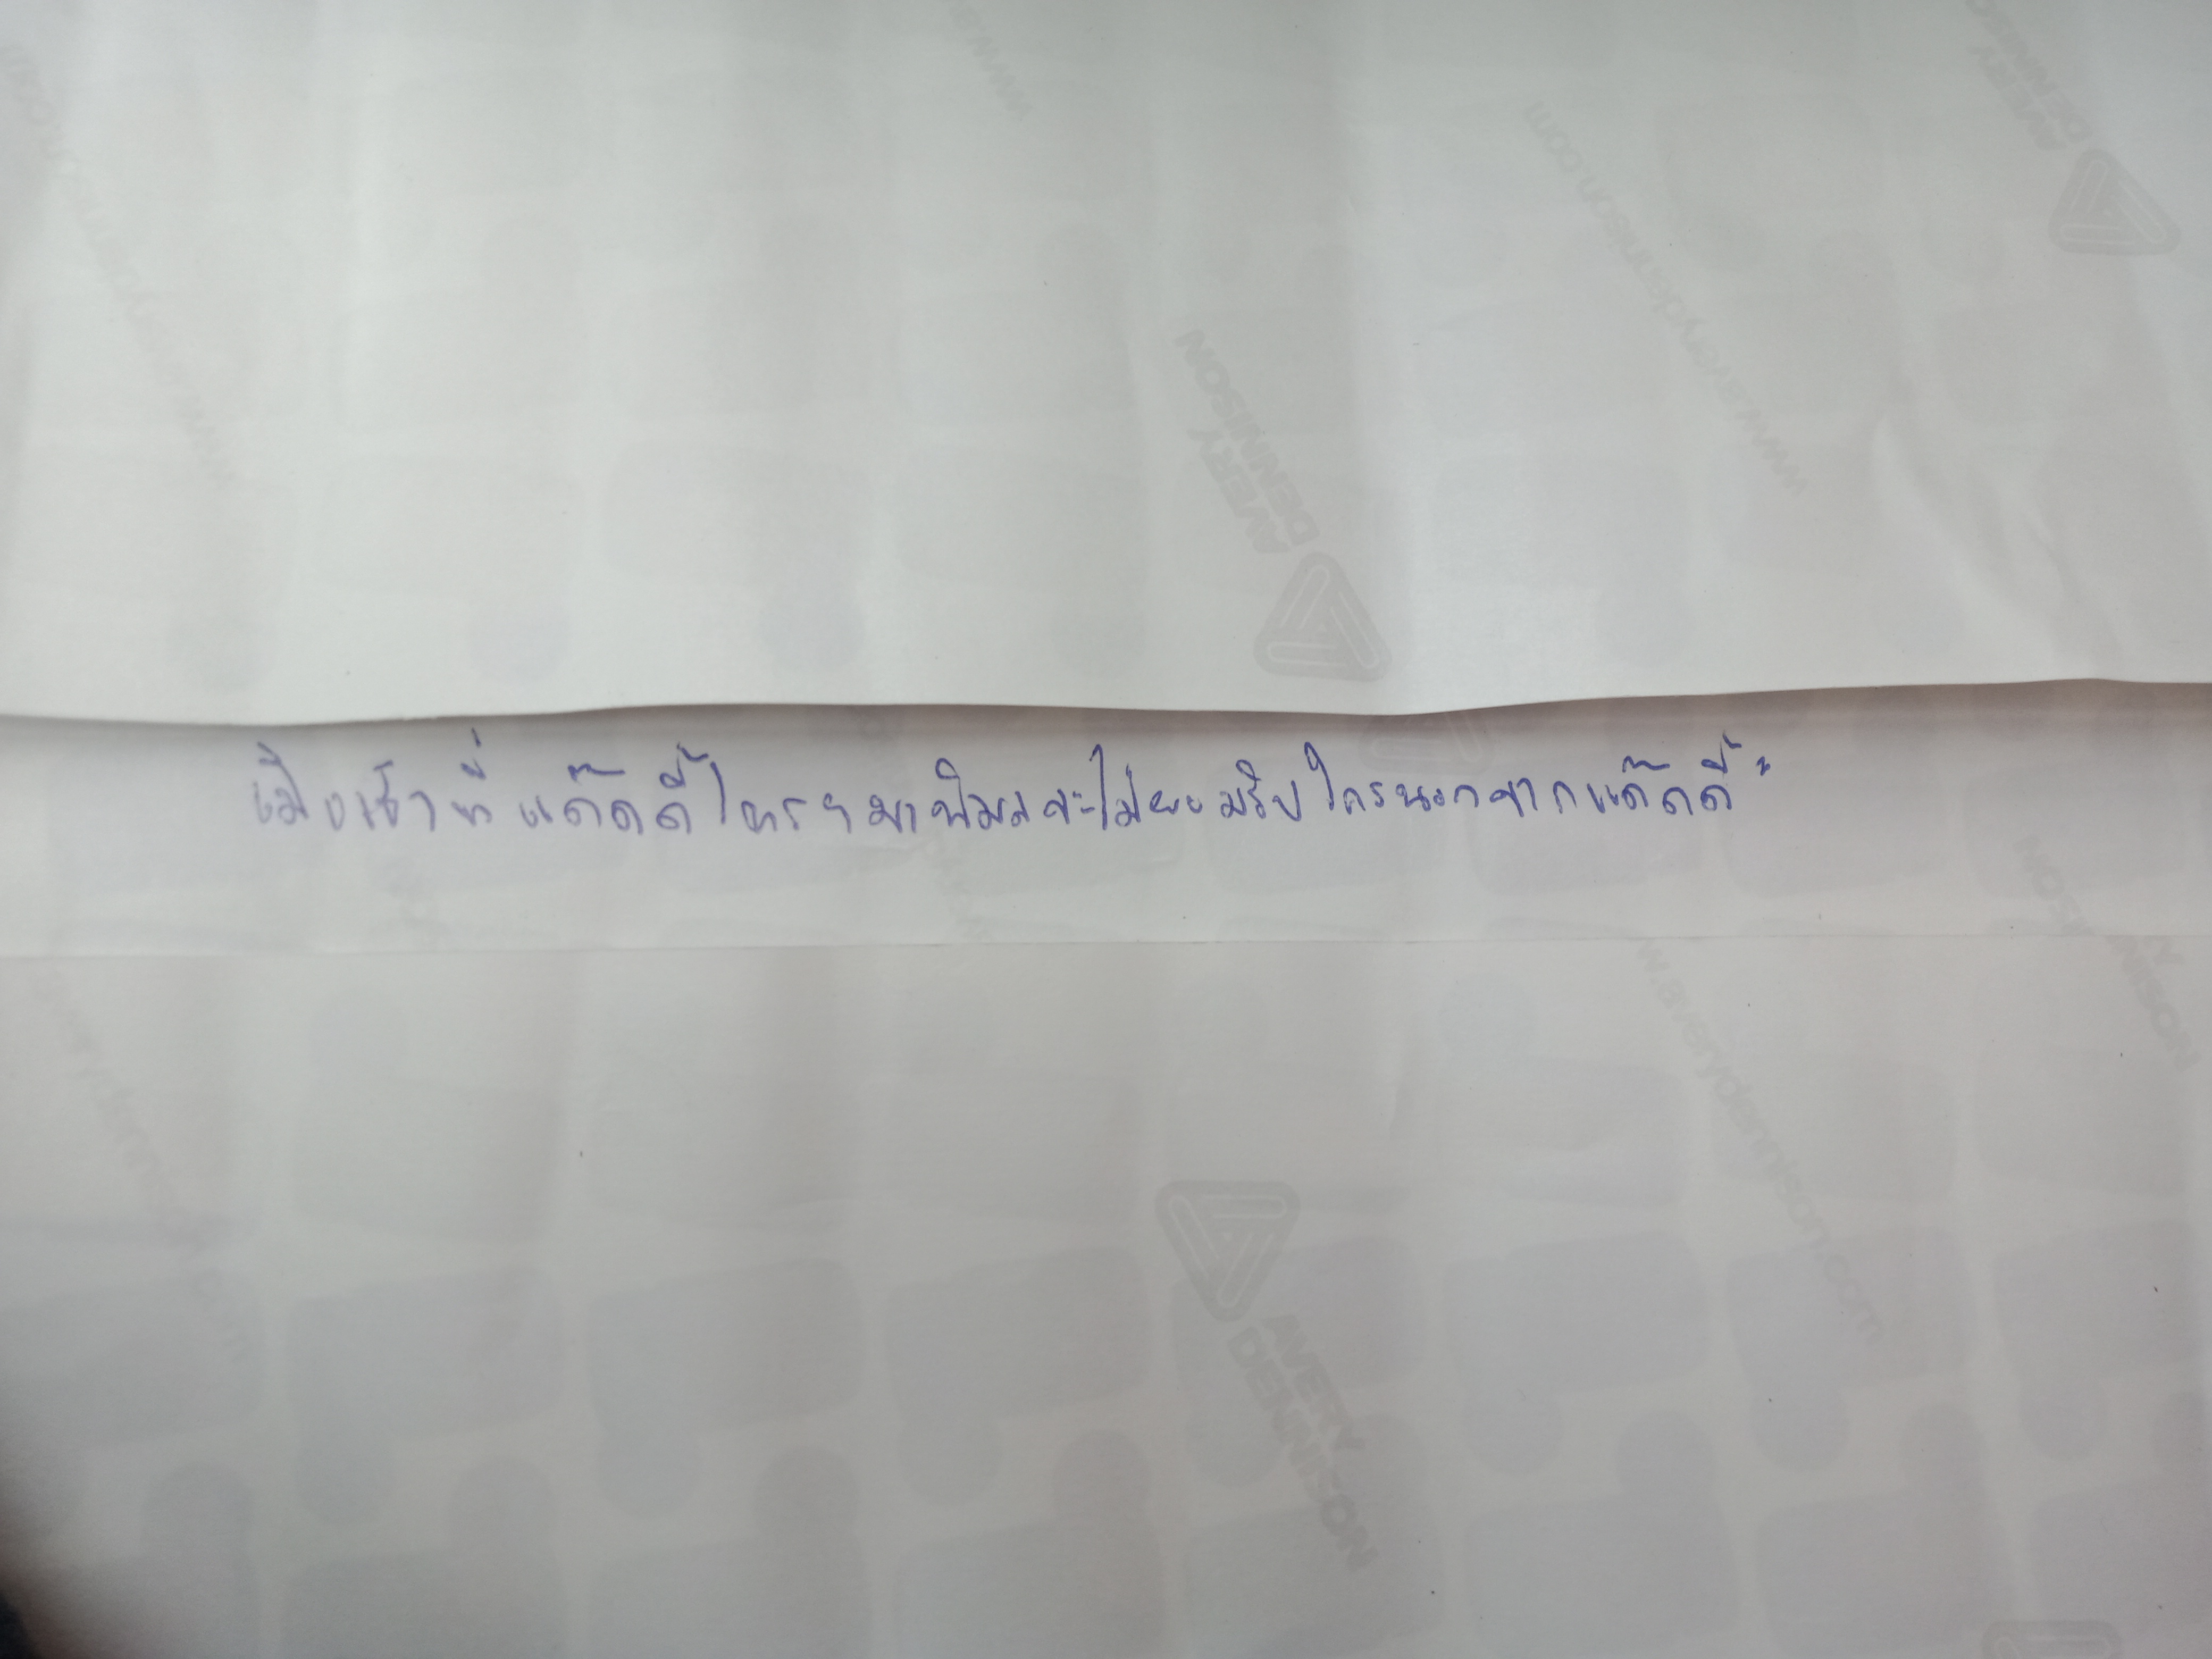
"เมื่อเช้าที่แด๊ดดี้โทรฯมาพิมลจะไม่ยอมรับใครนอกจากแด๊ดดี้"